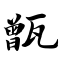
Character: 甑